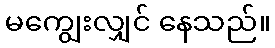
မကျွေးလျှင် နေသည်။